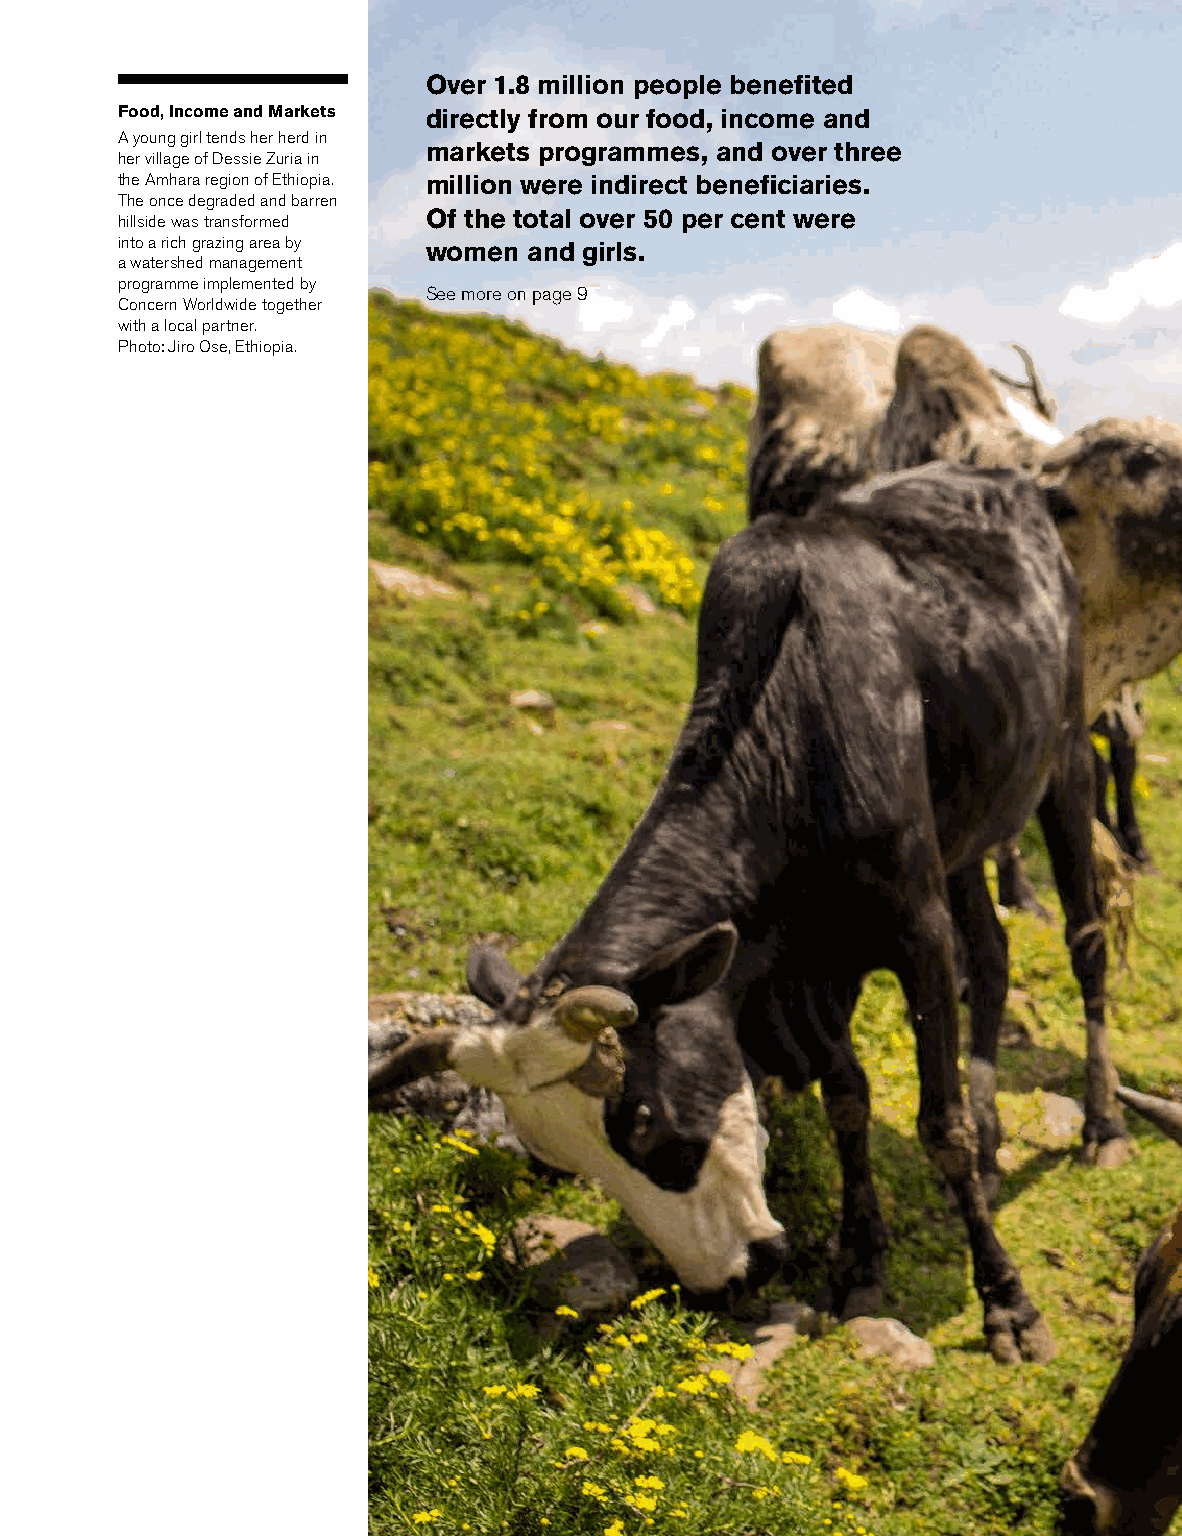
Over 1.8 million people benefited
 Food, Income and Markets directly from our food, income and
 A young girl tends her herd in
 markets programmes, and over three
 her village of Dessie Zuria in
 the Amhara region of Ethiopia. million were indirect beneficiaries.
 The once degraded and barren
 Of the total over 50 per cent were
 hillside was transformed
 into a rich grazing area by women and girls.
 a watershed management
 programme implemented by
 See more on page 9
 Concern Worldwide together
 with a local partner.
 Photo: Jiro Ose, Ethiopia.
 Annual Report and Accounts 2013  30